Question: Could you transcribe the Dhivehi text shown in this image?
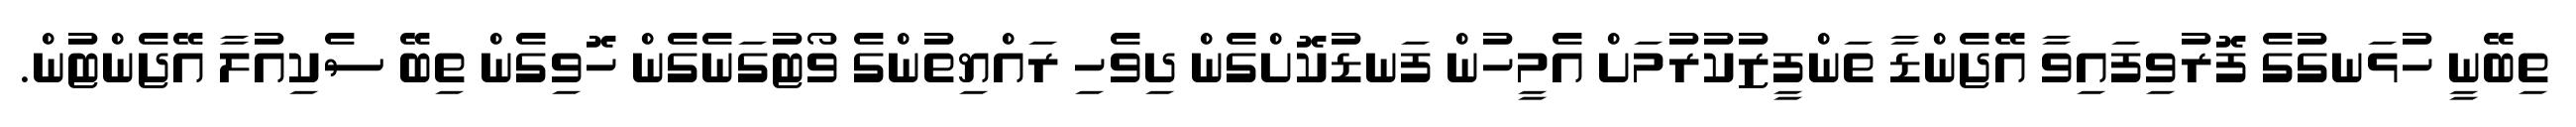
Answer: ތިބޭނީ ހުޅަނގުގެ ފޮރުވިފައިވާ އޭޖެންޑާ ތަންފީޒުކުރުމަށް އެމީހުން ފަނޑުކޮށްގެން ދިވެހި ރައްޔިތުންގެ ވޯޓުގަނެގެން ހޮވިގެން ތިބޭ ސެކިއުލާ އޭޖެންޓުން.